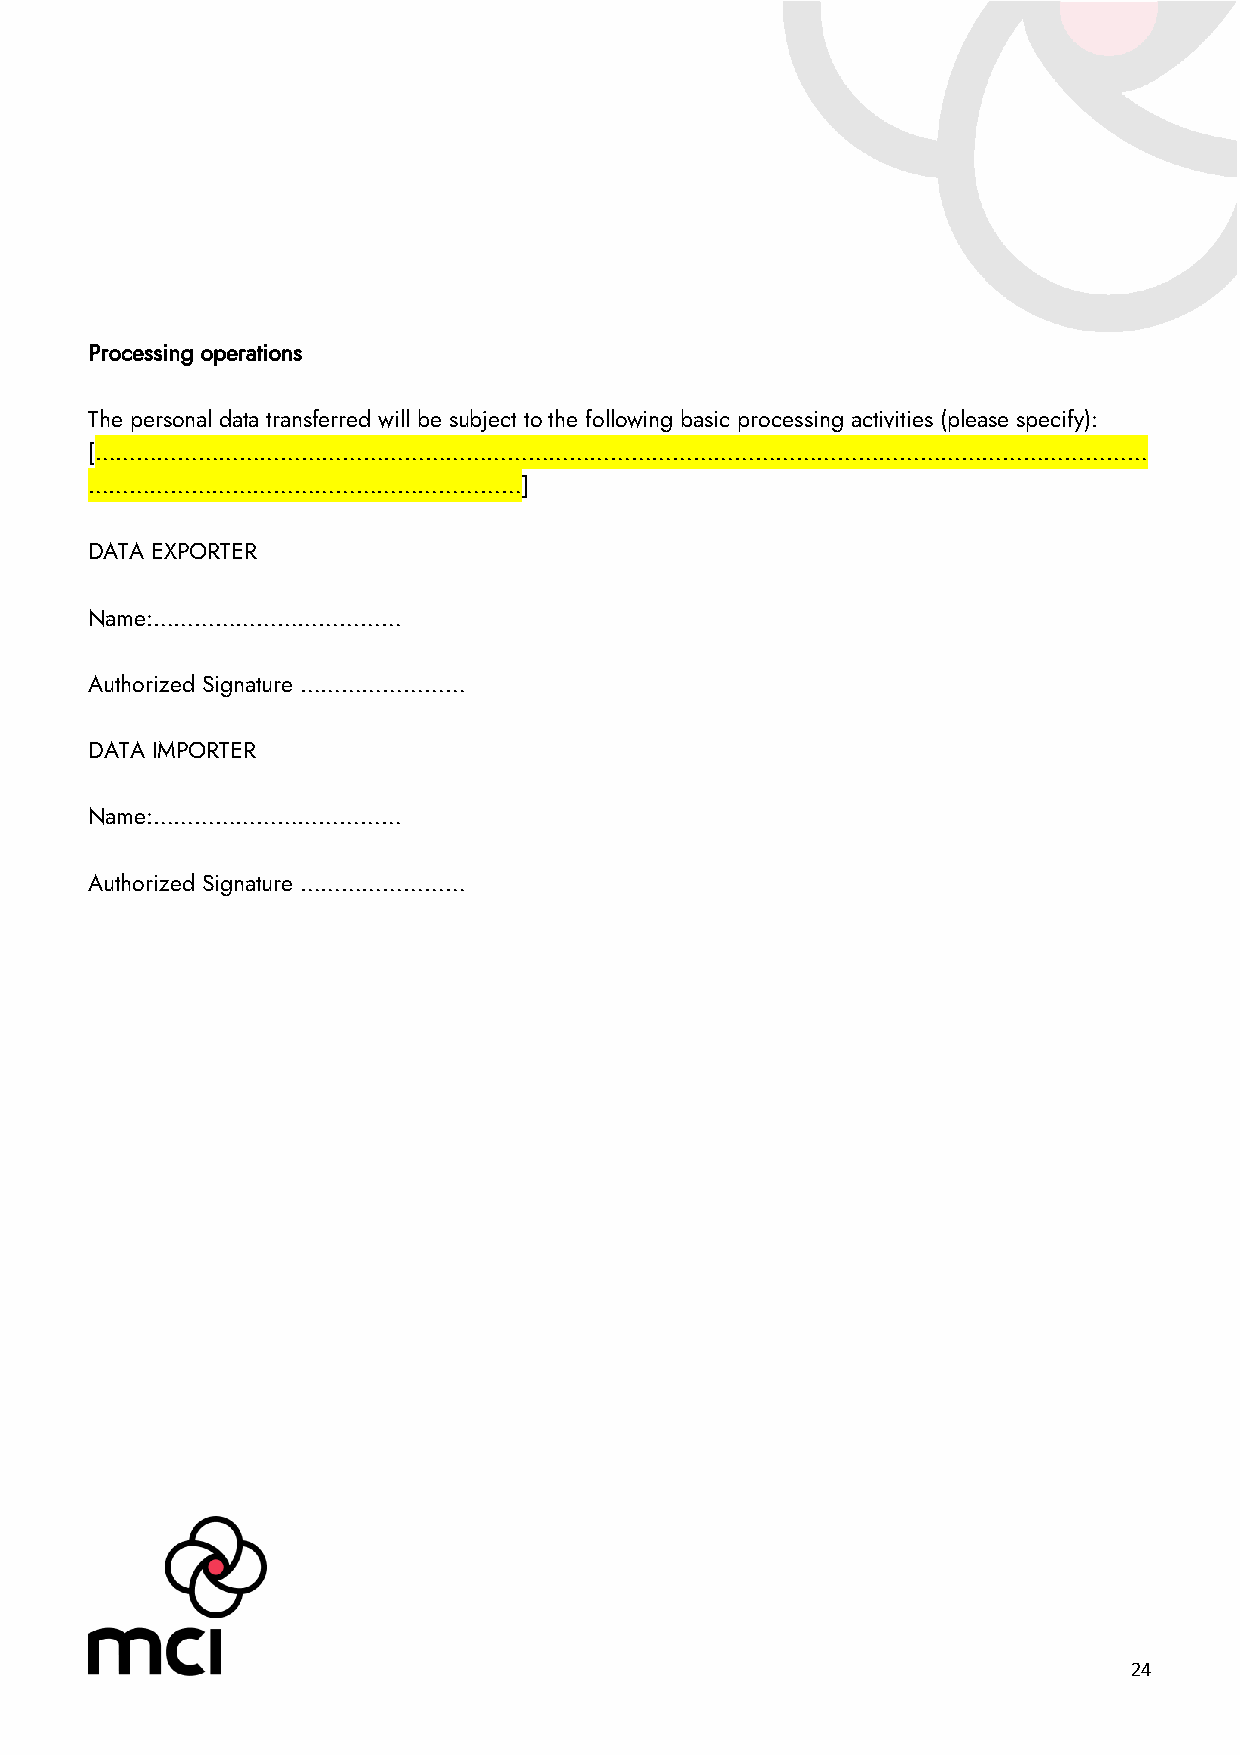
Processing operations
 The personal data transferred will be subject to the following basic processing activities (please specify):
 [………………………………………………………………………………………………………………………………………
 ………………………………………………………]
 DATA EXPORTER
 Name:………………………………
 Authorized Signature ……………………
 DATA IMPORTER
 Name:………………………………
 Authorized Signature ……………………
 24